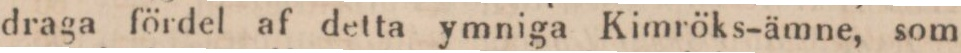
draga fördel af detta ymniga Kimröks-ämne, som